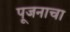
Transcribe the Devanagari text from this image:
पूजनाचा